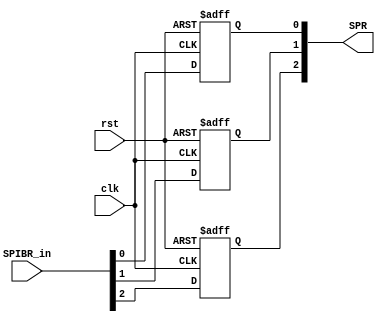
module SPIBR(
    input wire [7:0] SPIBR_in,
    input wire clk, rst,
    output wire [2:0] SPR
    );
reg SPR0, SPR1, SPR2;

always @(posedge clk or negedge rst) begin
    if(~rst)begin
      SPR0 <= 0; SPR1 <= 1; SPR2 <= 2;
    end
    else begin
      SPR0 <= SPIBR_in[0];
      SPR1 <= SPIBR_in[1];
      SPR2 <= SPIBR_in[2];
    end
end

assign SPR={SPR2,SPR1,SPR0 };
endmodule